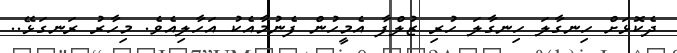
ދެކޮޅަށް ހިނގާލަ ހިނގާލަ ހުރި ޒުލްފާ އެމީހުން ފެނުމާއެކު އަހާލިއެވެ. މިހާރު ރަނގަޅޭ..